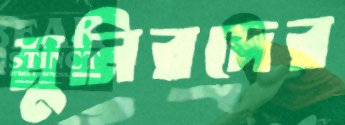
মুনিরদের